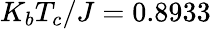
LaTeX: K_{b}T_{c}/J=0.8933